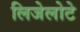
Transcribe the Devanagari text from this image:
लिजेलोटे